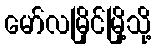
မော်လမြိုင်မြို့သို့